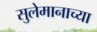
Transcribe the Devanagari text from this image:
सुलेमानाच्या